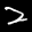
Label: 2